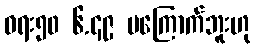
ဝရး၅၀ ၆.၄၉ မကြောက်ဘူးဟု